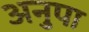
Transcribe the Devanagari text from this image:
अनुपा